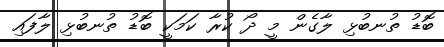
ބޮޑު ތުނބުޅި ލާގެން މީ ދޯ ކުރާ ކަމަކީ ބޮޑު ތުނބުޅި ލާފައި